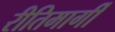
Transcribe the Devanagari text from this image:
रीतिमार्गी